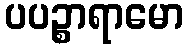
ပပဉ္စာရာမော